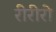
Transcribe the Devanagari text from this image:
रीरीरो